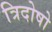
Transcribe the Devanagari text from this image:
त्रिदोषो